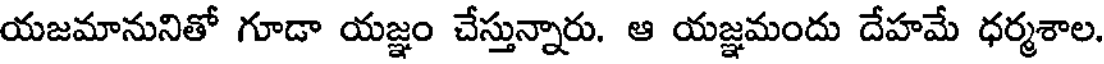
యజమానునితో గూడా యజ్ఞం చేస్తున్నారు. ఆ యజ్ఞమందు దేహమే ధర్మశాల